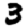
Digit: 3